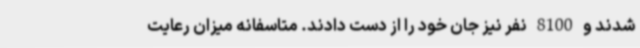
شدند و 8100 نفر نیز جان خود را از دست دادند. متاسفانه میزان رعایت